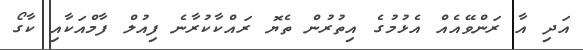
އަދި އާ ރަންވޭއެއް އެޅުމުގެ އިތުރުން ތެޔޮ ރައްކާކުރާނެ ފިއުލް ފާމްއަކާއި ކާގޯ